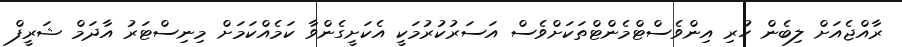
ރާއްޖެއަށް ލިބެން ހުރި އިންވެސްޓްމެންޓްތަަކަށްވެސް އަސަރުކުރުމަކީ އެކަށީގެންވާ ކަމެއްކަމަށް މިނިސްޓަރު އާދަމް ޝަރީފް